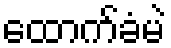
ထောက်ခံမဲ